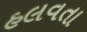
હલવતા